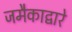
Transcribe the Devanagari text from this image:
जमैकाद्वारे